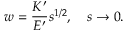
w = \frac { K ^ { \prime } } { E ^ { \prime } } s ^ { 1 / 2 } , \quad s \rightarrow 0 .